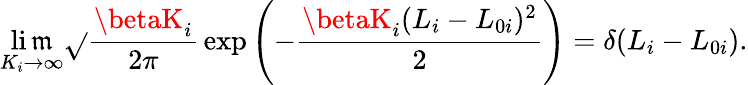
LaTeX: \operatorname*{li\mathfrak{m}}_{K_{i}\rightarrow\infty}\sqrt{}{{\frac{{\betaK_{i}}}{{2\pi}}}}\exp{\left(-\frac{{\betaK_{i}(L_{i}-L_{0i})^{2}}}{{2}}\right)}=\delta(L_{i}-L_{0i}).